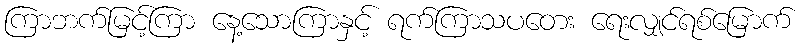
ကြာဘက်မြင့်ကြာ နေ့သောကြာနှင့် ရက်ကြာသပတေး ရေးလျှင်ရစ်မြောက်